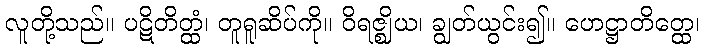
လူတို့သည်။ ပဋိတိတ္ထံ၊ တူရူဆိပ်ကို။ ဝိရဇ္ဈိယ၊ ချွတ်ယွင်း၍။ ဟေဋ္ဌာတိတ္ထေ၊